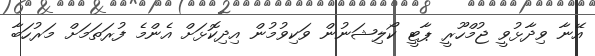
އޭނާ ވިދާޅުވީ ޖުމްހޫރީ ޕާޓީ ކޯލިޝަނުން ވަކިވުމުން އިދިކޮޅަށް އެންމެ ފުރަތަމަށް މަރުހަބާ